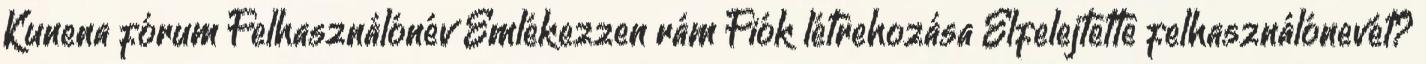
Kunena fórum Felhasználónév Emlékezzen rám Fiók létrehozása Elfelejtette felhasználónevét?